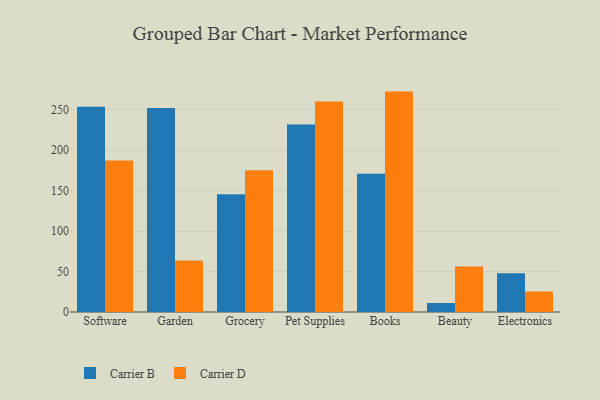
{"axis": {"x": "Category", "y": "Revenue (USD Million)"}, "legend": ["Carrier B", "Carrier D"], "data": [{"x": "Software", "y": 253.8, "type": "Carrier B"}, {"x": "Software", "y": 187.2, "type": "Carrier D"}, {"x": "Garden", "y": 252.1, "type": "Carrier B"}, {"x": "Garden", "y": 63.6, "type": "Carrier D"}, {"x": "Grocery", "y": 145.6, "type": "Carrier B"}, {"x": "Grocery", "y": 175.3, "type": "Carrier D"}, {"x": "Pet Supplies", "y": 231.7, "type": "Carrier B"}, {"x": "Pet Supplies", "y": 260.4, "type": "Carrier D"}, {"x": "Books", "y": 171.0, "type": "Carrier B"}, {"x": "Books", "y": 272.5, "type": "Carrier D"}, {"x": "Beauty", "y": 11.1, "type": "Carrier B"}, {"x": "Beauty", "y": 56.4, "type": "Carrier D"}, {"x": "Electronics", "y": 47.8, "type": "Carrier B"}, {"x": "Electronics", "y": 25.3, "type": "Carrier D"}]}